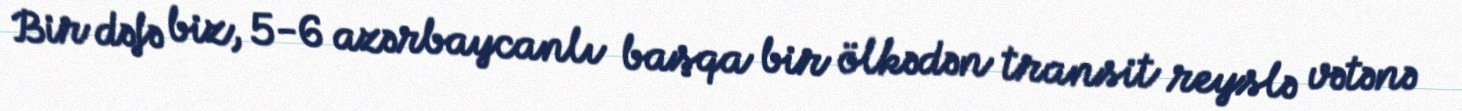
Bir dəfə biz, 5-6 azərbaycanlı başqa bir ölkədən transit reyslə vətənə